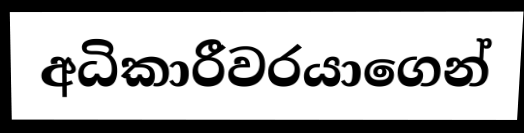
අධිකාරීවරයාගෙන්